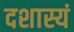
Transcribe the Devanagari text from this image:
दशास्यं